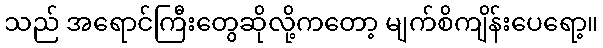
သည် အရောင်ကြီးတွေဆိုလို့ကတော့ မျက်စိကျိန်းပေရော့။